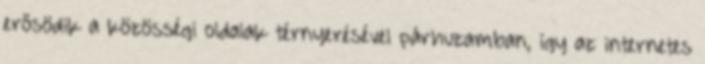
erősödik a közösségi oldalak térnyerésével párhuzamban, így az internetes